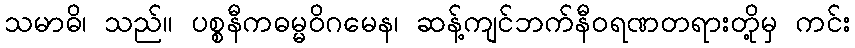
သမာဓိ၊ သည်။ ပစ္စနီကဓမ္မဝိဂမေန၊ ဆန့်ကျင်ဘက်နီဝရဏတရားတို့မှ ကင်း